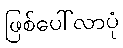
ဖြစ်ပေါ်လာပုံ